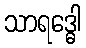
သာရဒ္ဓေါ